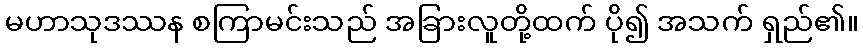
မဟာသုဒဿန စကြာမင်းသည် အခြားလူတို့ထက် ပို၍ အသက် ရှည်၏။